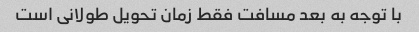
با توجه به بعد مسافت فقط زمان تحویل طولانی است